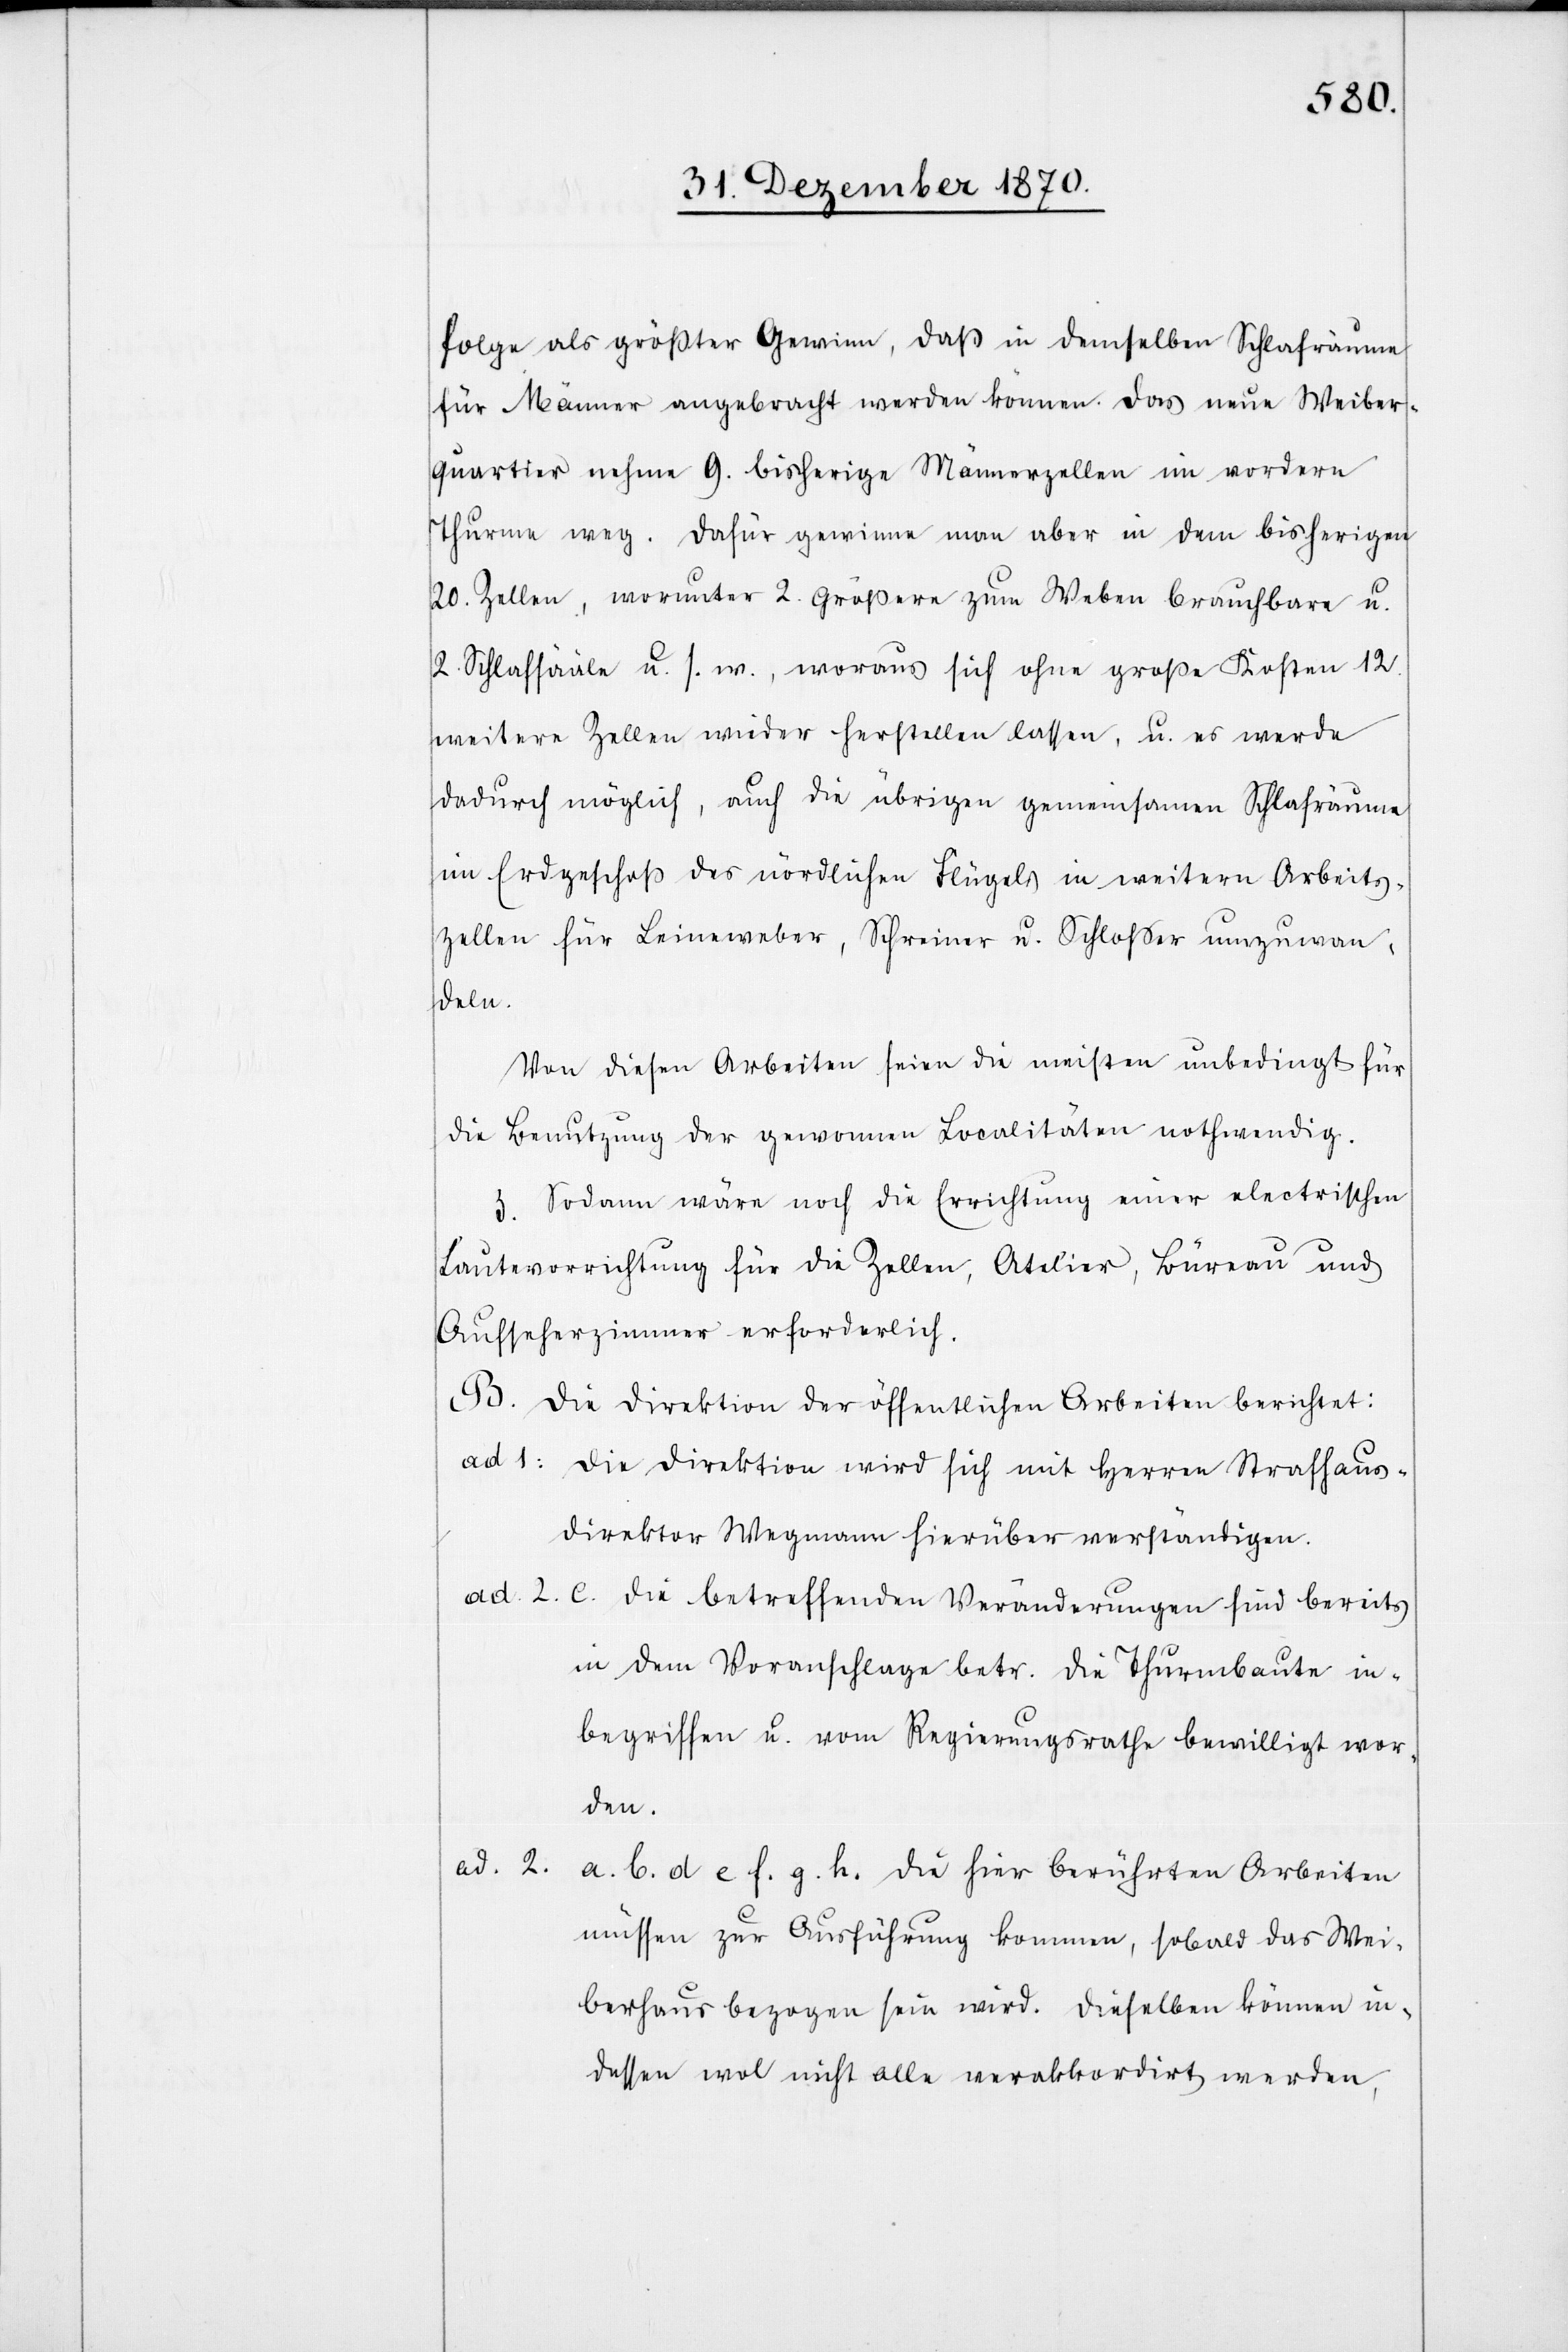
folge als größter Gewinn, daß in demselben Schlafräume
für Männer angebracht werden können. Das neue Weiber¬
quartier nehme 9. bisherige Männzerzellen im vordern
Thurm weg. Dafür gewinne man aber in dem bisherigen
20. Zellen, worunter 2. größere zum Weben brauchbare u.
2. Schlafsääle [sic!] u. s. w., woraus sich ohne große Kosten 12.
weitere Zellen wieder herstellen lassen, u. es werde
dadurch möglich, auch die übrigen gemeinsamen Schlafräume
im Erdgeschoß des nördlichen Flügels in weitere Arbeits¬
zellen für Leineweber, Schreiner u. Schlosser umzuwan¬
deln.
Von diesen Arbeiten seien die meisten unbedingt für
die Benutzung der gewonnenen Localitäten nothwendig.
3. Sodann wäre noch die Errichtung einer electrischen
Bautevorrichtung für die Zellen, Atelier, Büreau und
Aufseherzimmer erforderlich.
B. Die Direktion der öffentlichen Arbeiten berichtet:
ad 1: Die Direktion wird sich mit Herren Strafhaus¬
direktor Wegmann hierüber verständigen.
ad 2. c. Die betreffenden Veränderungen sind bereits
in dem Voranschlage betr. die Thurmbaute in¬
begriffen u. vom Regierungsrathe bewilligt wor¬
den.
ad. 2.
a. b. c. d. e. f. g. h. Die hier berührten Arbeiten
müssen zur Ausführung kommen, sobald das Wei¬
berhaus bezogen sein wird. Dieselben können in¬
dessen wol nicht alle verakkordirt werden,